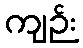
ကျဉ်း